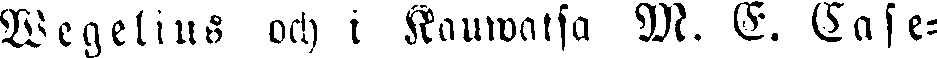
Wegelius och i Kauwatsa M. E. Case-